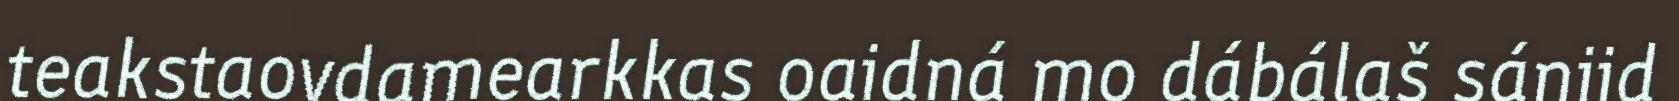
teakstaovdamearkkas oaidná mo dábálaš sániid